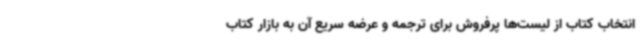
انتخاب کتاب از لیست‌ها پرفروش برای ترجمه و عرضه سریع آن به بازار کتاب